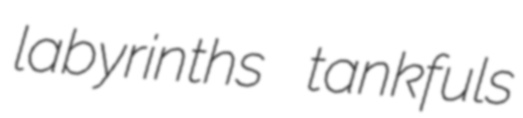
labyrinths tankfuls